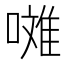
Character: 𱔪